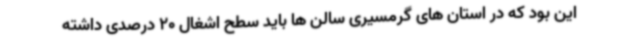
این بود که در استان های گرمسیری سالن ها باید سطح اشغال 20 درصدی داشته